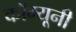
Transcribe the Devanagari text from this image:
कॉम्यूनी